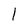
Character: 1